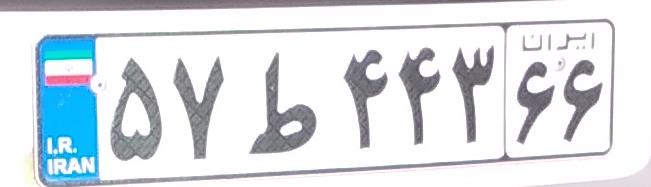
۵۷ط۴۴۳۶۶